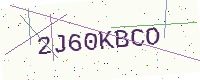
Text: 2J60KBCO